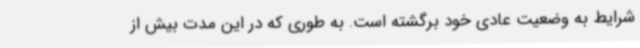
شرایط به وضعیت عادی خود برگشته است. به‌ طوری که در این مدت بیش از